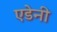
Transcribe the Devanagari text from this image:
एडेनी